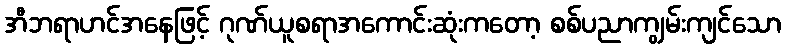
အီဘရာဟင်အနေဖြင့် ဂုဏ်ယူစရာအကောင်းဆုံးကတော့ စစ်ပညာကျွမ်းကျင်သော